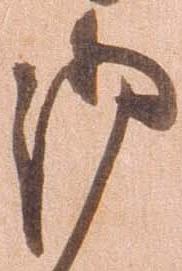
御